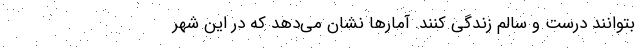
بتوانند درست و سالم زندگی کنند. آمار‌ها نشان می‌دهد که در این شهر